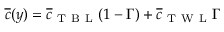
\overline { { c } } ( y ) = \overline { { c } } _ { \mathrm { ~ T ~ B ~ L ~ } } ( 1 - \Gamma ) + \overline { { c } } _ { \mathrm { ~ T ~ W ~ L ~ } } \Gamma